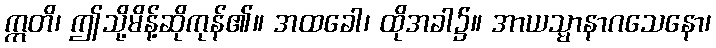
ဣတိ၊ ဤသို့မိန့်ဆိုကုန်၏။ အထခေါ၊ ထိုအခါ၌။ အာယသ္မာနာဂသေနော၊